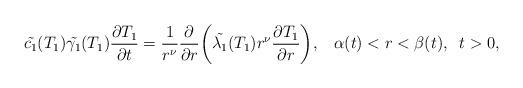
LaTeX: \begin{align*} \Tilde{c_1}(T_1)\Tilde{\gamma_1}(T_1)\dfrac{\partial T_1}{\partial t}=\dfrac{1}{r^{\nu}}\dfrac{\partial}{\partial r}\bigg(\Tilde{\lambda_1}(T_1)r^{\nu}\dfrac{\partial T_1}{\partial r}\bigg),\;\;\; \alpha(t)<r<\beta(t),\;\;t>0,\end{align*}